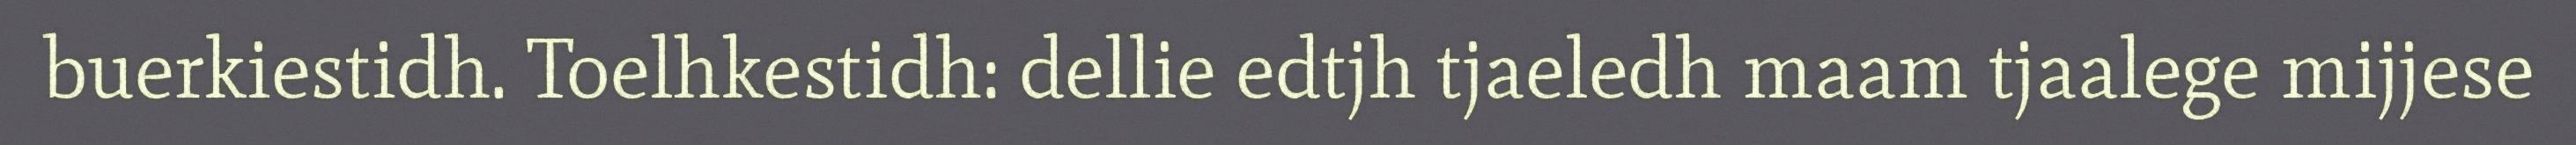
buerkiestidh. Toelhkestidh: dellie edtjh tjaeledh maam tjaalege mijjese